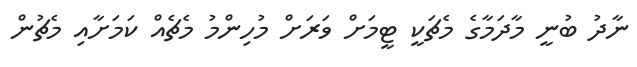
ނާދު ބުނީ މާދަމާގެ މެޗަކީ ޓީމަށް ވަރަށް މުހިންމު މެޗެއް ކަމަށާއި މެޗުން